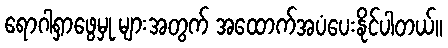
ရောဂါရှာဖွေမှု များအတွက် အထောက်အပံပေးနိုင်ပါတယ်။